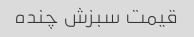
قیمت سبزش چنده